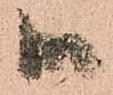
御